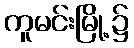
ကူမင်းမြို့၌